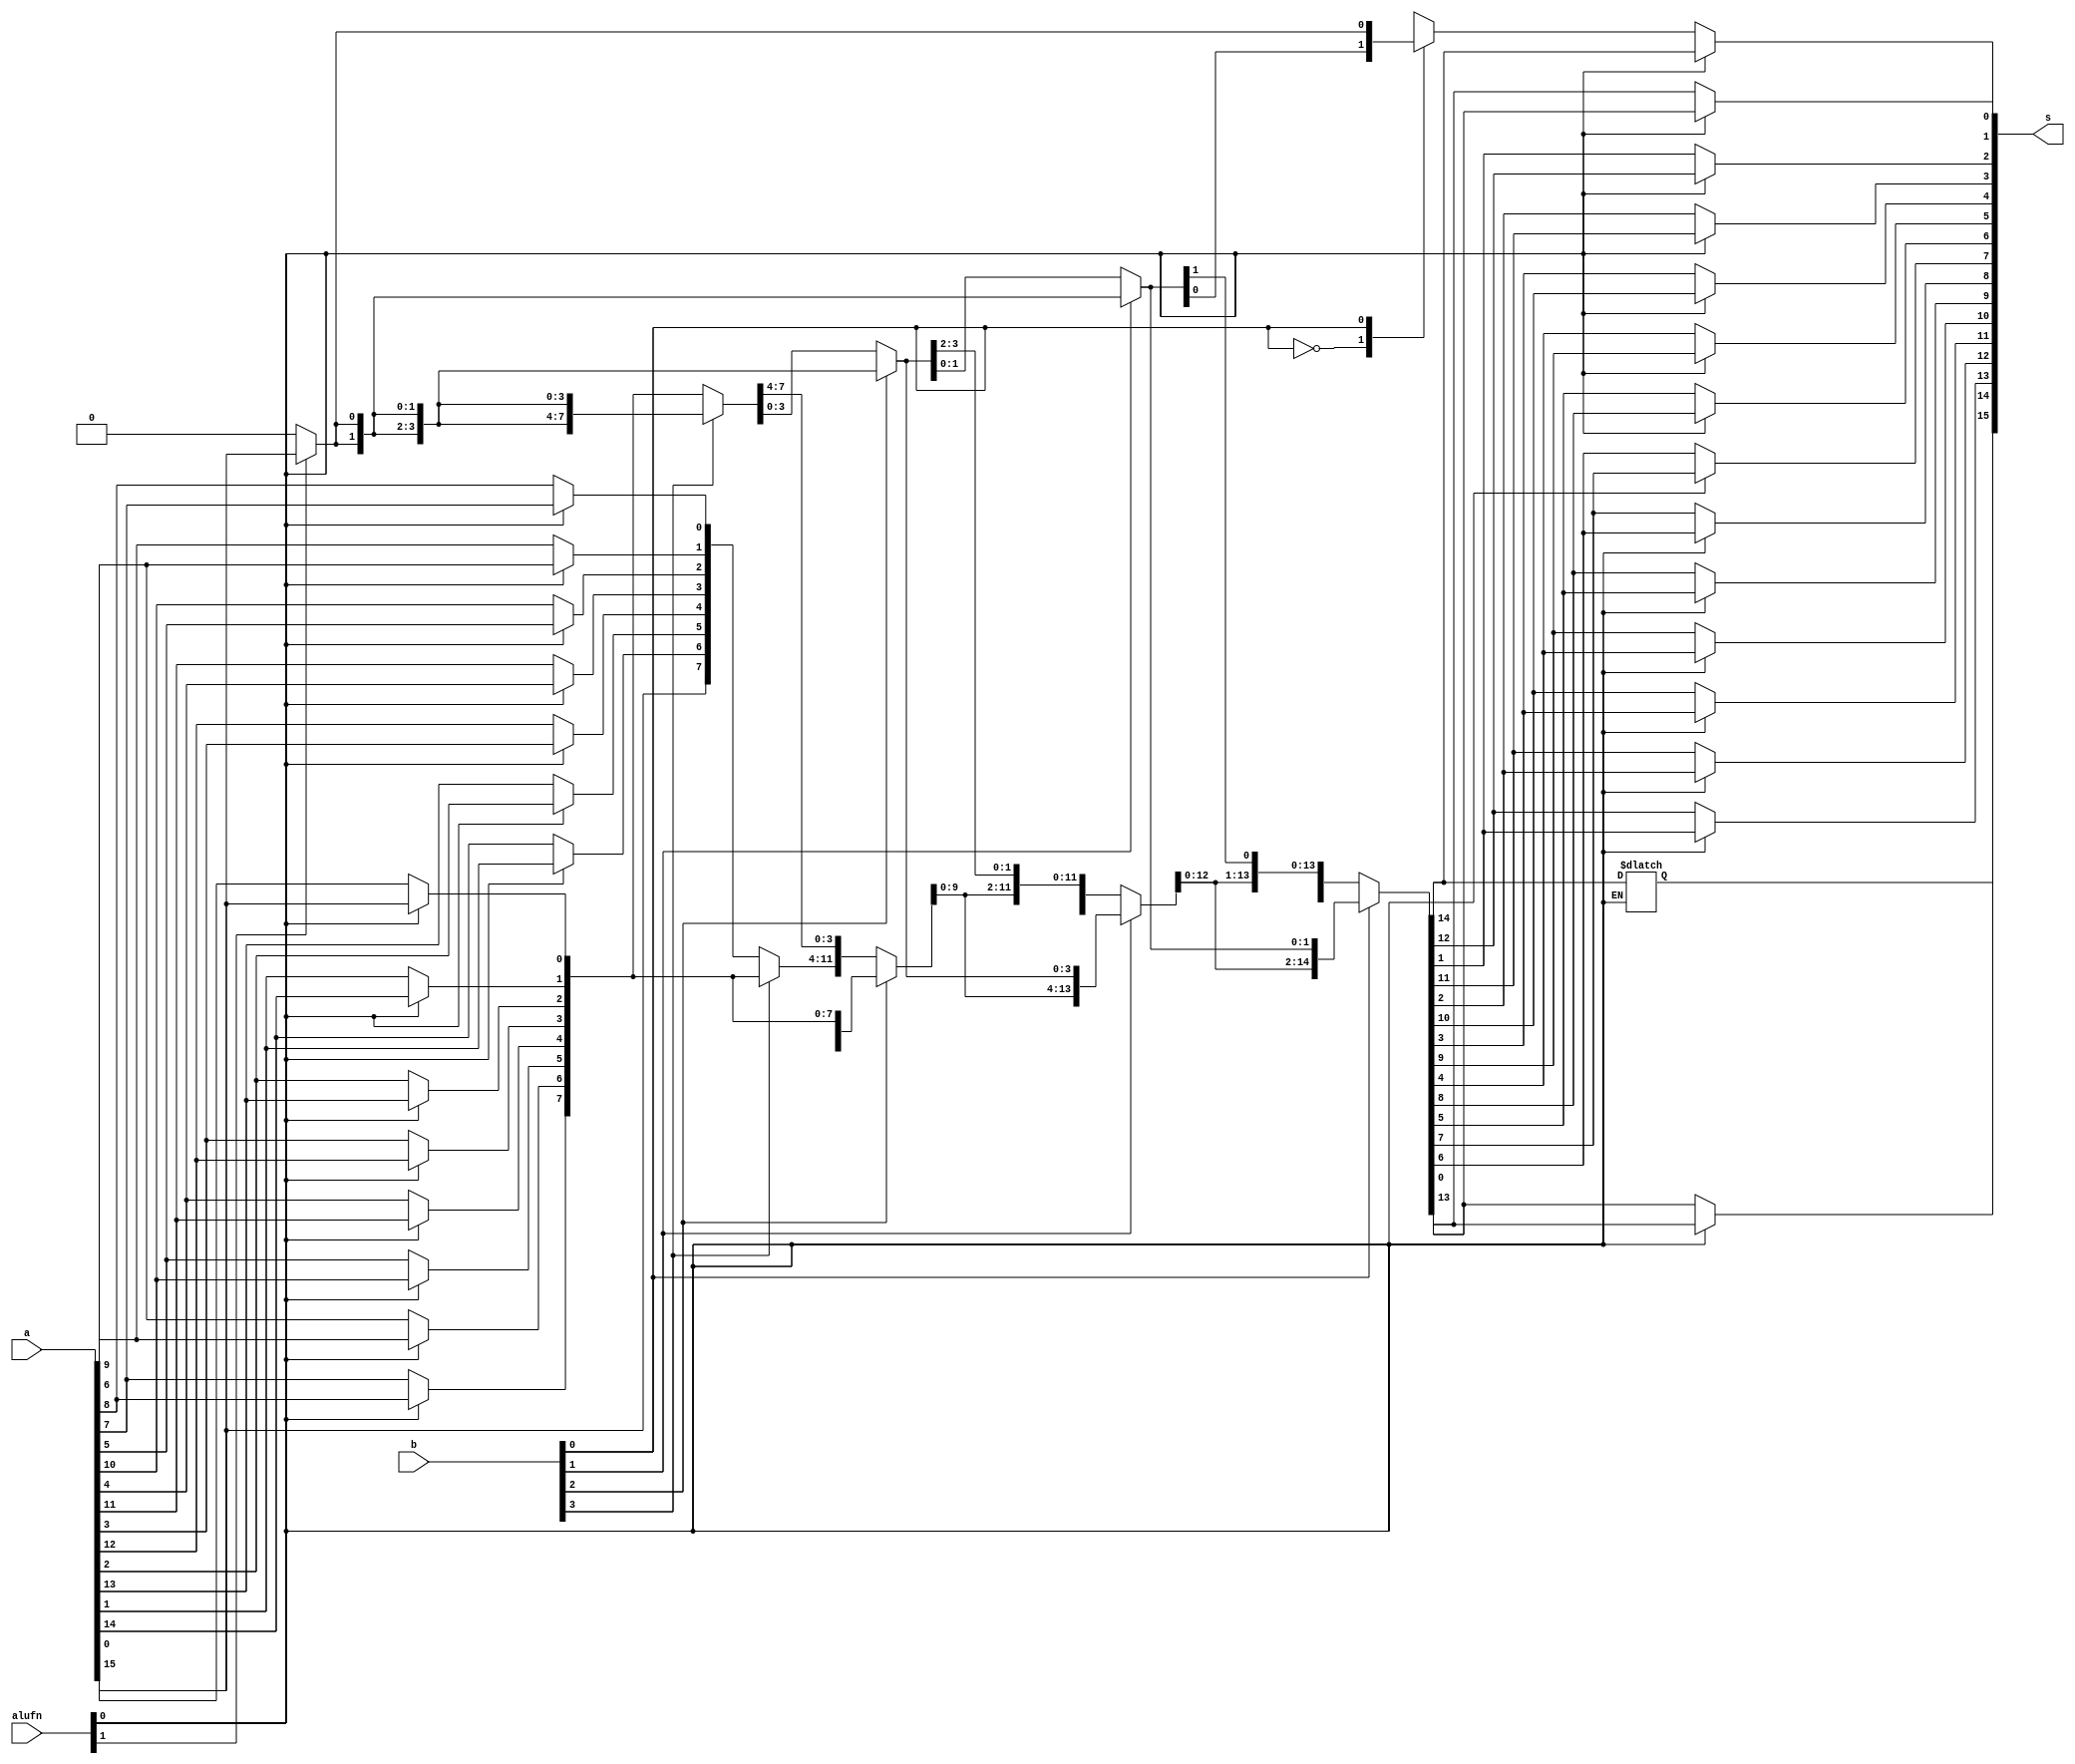
/*
   This file was generated automatically by Alchitry Labs version 1.2.1.
   Do not edit this file directly. Instead edit the original Lucid source.
   This is a temporary file and any changes made to it will be destroyed.
*/

module shifter_6 (
    input [15:0] a,
    input [3:0] b,
    input [1:0] alufn,
    output reg [15:0] s
  );
  
  
  
  reg [15:0] w;
  
  reg [15:0] x;
  
  reg [15:0] y;
  
  reg [15:0] z;
  
  reg [15:0] si;
  
  reg j;
  
  integer i;
  
  always @* begin
    if (alufn[0+0-:1] == 1'h1) begin
      for (i = 1'h0; i < 4'hf; i = i + 1) begin
        w[(i)*1+0-:1] = a[(4'hf - i)*1+0-:1];
      end
    end else begin
      w = a;
    end
    if (alufn[1+0-:1] == 1'h1) begin
      j = a[15+0-:1];
    end else begin
      j = 1'h0;
    end
    
    case (b[3+0-:1])
      1'h0: begin
        x = w;
      end
      1'h1: begin
        x[8+7-:8] = w[0+7-:8];
        x[0+7-:8] = {4'h8{j}};
      end
      default: begin
        x = w;
      end
    endcase
    
    case (b[2+0-:1])
      1'h0: begin
        y = x;
      end
      1'h1: begin
        y[4+11-:12] = w[0+11-:12];
        y[0+3-:4] = {3'h4{j}};
      end
      default: begin
        y = x;
      end
    endcase
    
    case (b[1+0-:1])
      1'h0: begin
        z = y;
      end
      1'h1: begin
        z[2+13-:14] = y[0+13-:14];
        z[0+1-:2] = {2'h2{j}};
      end
      default: begin
        z = y;
      end
    endcase
    
    case (b[0+0-:1])
      1'h0: begin
        si = z;
      end
      1'h1: begin
        si[1+14-:15] = z[0+14-:15];
        si[0+0-:1] = j;
      end
      default: begin
        si = z;
      end
    endcase
    if (alufn[0+0-:1] == 1'h1) begin
      for (i = 1'h0; i < 4'hf; i = i + 1) begin
        s[(i)*1+0-:1] = si[(4'hf - i)*1+0-:1];
      end
    end else begin
      s = si;
    end
  end
endmodule